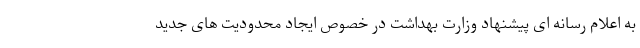
به اعلام رسانه ای پیشنهاد وزارت بهداشت در خصوص ایجاد محدودیت های جدید